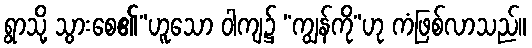
ရွာသို့ သွားစေ၏”ဟူသော ဝါကျ၌ “ကျွန်ကို”ဟု ကံဖြစ်လာသည်။